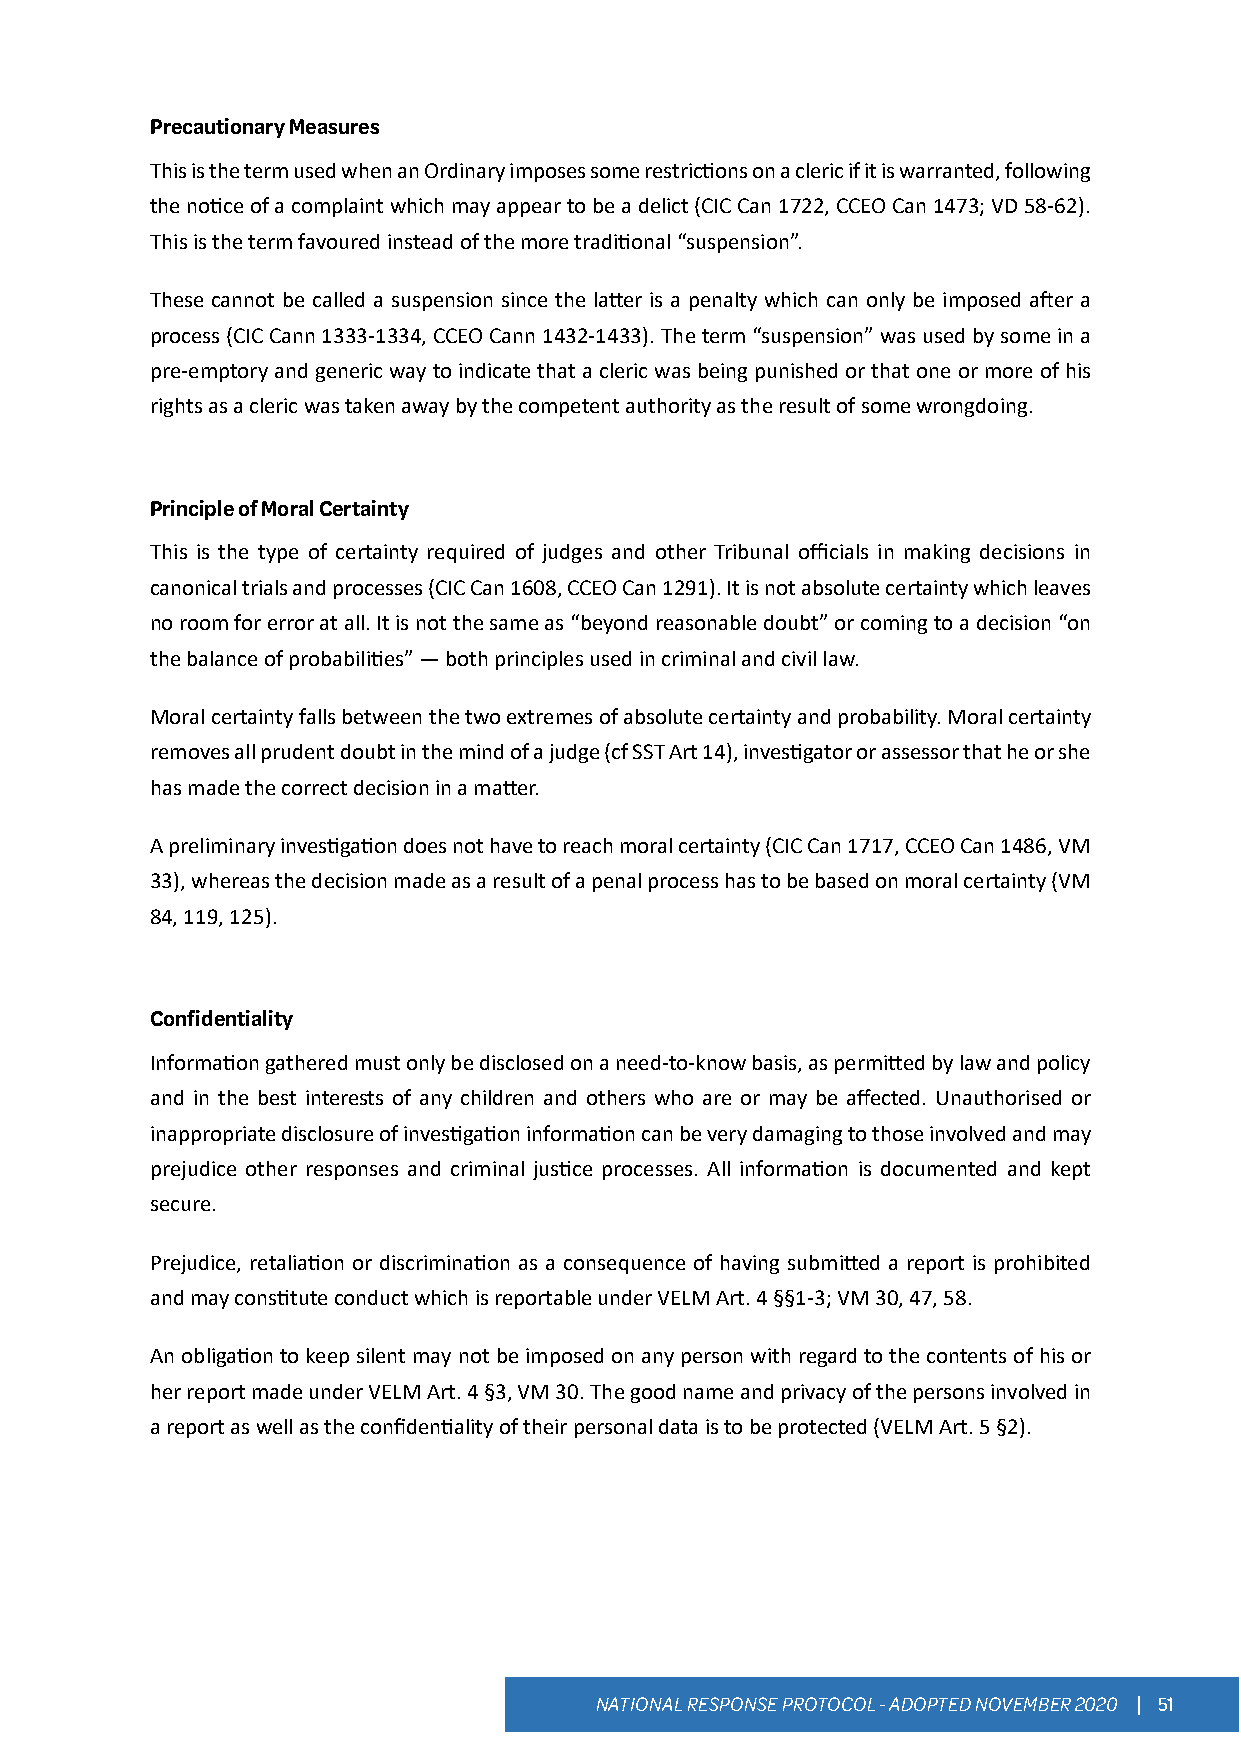
Precautionary Measures
 This is the term used when an Ordinary imposes some restrictions on a cleric if it is warranted, following
 the notice of a complaint which may appear to be a delict (CIC Can 1722, CCEO Can 1473; VD 58-62).
 This is the term favoured instead of the more traditional “suspension”.
 These cannot be called a suspension since the latter is a penalty which can only be imposed after a
 process (CIC Cann 1333-1334, CCEO Cann 1432-1433). The term “suspension” was used by some in a
 pre-emptory and generic way to indicate that a cleric was being punished or that one or more of his
 rights as a cleric was taken away by the competent authority as the result of some wrongdoing.
 Principle of Moral Certainty
 This is the type of certainty required of judges and other Tribunal officials in making decisions in
 canonical trials and processes (CIC Can 1608, CCEO Can 1291). It is not absolute certainty which leaves
 no room for error at all. It is not the same as “beyond reasonable doubt” or coming to a decision “on
 the balance of probabilities” — both principles used in criminal and civil law.
 Moral certainty falls between the two extremes of absolute certainty and probability. Moral certainty
 removes all prudent doubt in the mind of a judge (cf SST Art 14), investigator or assessor that he or she
 has made the correct decision in a matter.
 A preliminary investigation does not have to reach moral certainty (CIC Can 1717, CCEO Can 1486, VM
 33), whereas the decision made as a result of a penal process has to be based on moral certainty (VM
 84, 119, 125).
 Confidentiality
 Information gathered must only be disclosed on a need-to-know basis, as permitted by law and policy
 and in the best interests of any children and others who are or may be affected. Unauthorised or
 inappropriate disclosure of investigation information can be very damaging to those involved and may
 prejudice other responses and criminal justice processes. All information is documented and kept
 secure.
 Prejudice, retaliation or discrimination as a consequence of having submitted a report is prohibited
 and may constitute conduct which is reportable under VELM Art. 4 §§1-3; VM 30, 47, 58.
 An obligation to keep silent may not be imposed on any person with regard to the contents of his or
 her report made under VELM Art. 4 §3, VM 30. The good name and privacy of the persons involved in
 a report as well as the confidentiality of their personal data is to be protected (VELM Art. 5 §2).
 NATIONAL RESPONSE PROTOCOL - ADOPTED NOVEMBER 2020 | 51